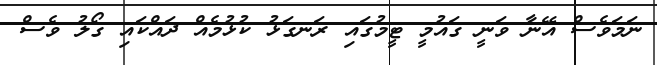
ނަމަވެސް އޭނާ ވަނީ ގައުމީ ޓީމުގައި ރަނގަޅު ކުޅުމެއް ދައްކައި ގޯލު ވެސް